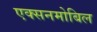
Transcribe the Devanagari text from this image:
एक्सनमोबिल